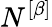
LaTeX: N^{\left[\beta\right]}